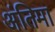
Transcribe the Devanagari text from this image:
अंतिमा